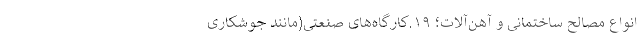
انواع مصالح ساختمانی و آهن‌آلات؛ ۱۹.کارگاه‌های صنعتی(مانند جوشکاری